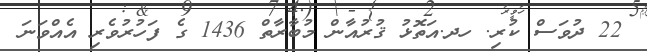
22 ދުވަސް ކުރި. ހދ.އަތޮޅު ޤުރުއާން މުބާރާތް 1436 ގެ ފަހުރުވެރި އެއްވަނަ